Malaria in the Punjab - Number 46
Disease focus: Malaria
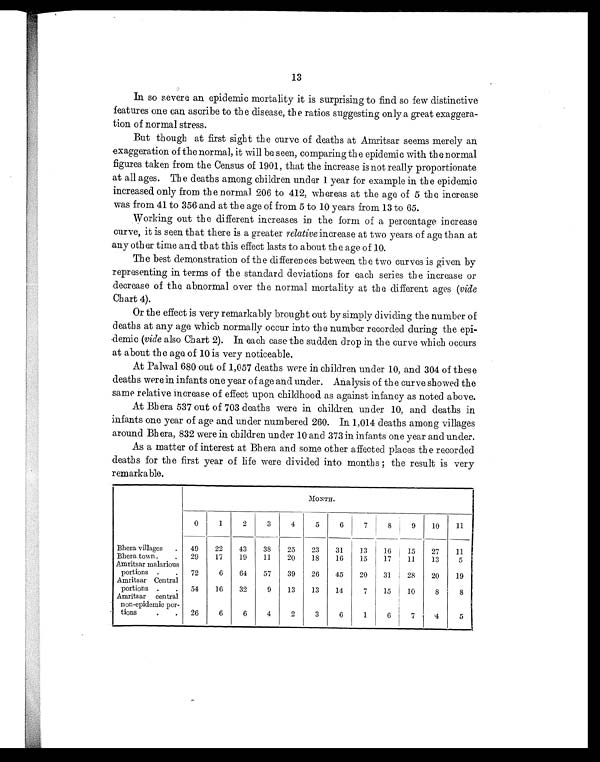
13
In so severe an epidemic mortality it is surprising to find so few distinctive
features one can ascribe to the disease, the ratios suggesting only a great exaggera-
tion of normal stress.
But though at first sight the curve of deaths at Amritsar seems merely an
exaggeration of the normal, it will be seen, comparing the epidemic with the normal
figures taken from the Census of 1901, that the increase is not really proportionate
at all ages. The deaths among children under 1 year for example in the epidemic
increased only from the normal 206 to 412, whereas at the age of 5 the increase
was from 41 to 356 and at the age of from 5 to 10 years from 13 to 65.
Working out the different increases in the form of a percentage increase
curve, it is seen that there is a greater relative increase at two years of ago than at
any other time and that this effect lasts to about the age of 10.
The best demonstration of the differences between the two curves is given by
representing in terms of the standard deviations for each series the increase or
decrease of the abnormal over the normal mortality at the different ages ( vide
Chart 4).
Or the effect is very remarkably brought out by simply dividing the number of
deaths at any age which normally occur into the number recorded during the epi-
demic (vide also Chart 2). In each case the sudden drop in the curve which occurs
at about the age of 10 is very noticeable.
At Palwal 680 out of 1,057 deaths were in children under 10, and 304 of these
deaths were in infants one year of age and under. Analysis of the curve showed the
same relative increase of effect upon childhood as against infancy as noted above.
At Bhera 537 out of 703 deaths were in children under 10, and deaths in
infants one year of age and under numbered 260. In 1,014 deaths among villages
around Bhera, 832 were in children under 10 and 373 in infants one year and under.
As a matter of interest at Bhera and some other affected places the recorded
deaths for the first year of life were divided into months; the result is very
remarkable.
MONTH.
0
1
2
3
4
5
6
7
8
9 10 11
Bhera villages . 49 22 43 38 25 23 31 13 16 15 27 11
Bhera town . . 29 17 19 11 20 18 16 15 17 11 13
5
Amritsar malarious
portions . . 72
6 64 57 39 26 45 20 31 28 20 19
Amritsar Central
portions . . 54 16 32
9 13 13 14
7 15 10
8
8
Amritsar central
non-epidemic por-
tions
. . 26
6
6
4
2
3
6
1
6
7
4
5